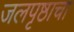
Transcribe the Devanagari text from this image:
जलपृष्ठाचा